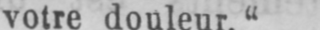
votre douleur.“